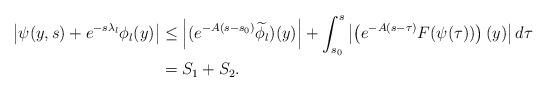
LaTeX: \begin{align*} \left|\psi(y, s)+e^{- s\lambda_l}\phi_l(y)\right|&\le \left|(e^{-A(s- s_0)}\widetilde\phi_{l})(y)\right| +\int_{ s_0}^{ s}\left |\left(e^{-A(s-\tau)}F(\psi(\tau))\right)(y)\right |d\tau\\ &=S_1+S_2. \end{align*}